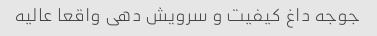
جوجه داغ کیفیت و سرویش دهی واقعا عالیه